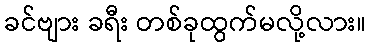
ခင်ဗျား ခရီး တစ်ခုထွက်မလို့လား။